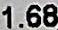
1.68